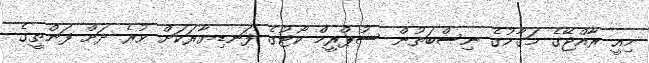
މިއީ ރާއްޖޭގެ މަގާމުގެ ނިސްބަތުން ސުޕްރީމް ކޯޓުގެ ފަނޑިޔާރަކަށް ވުރެ ދަށް ފަންތީގެ